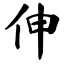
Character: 伸